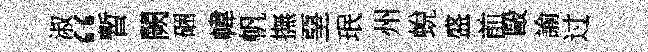
淑“暫闕硱幃帆撫堊珉州蛻盛前毆諭过